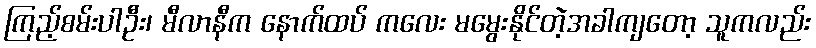
ကြည့်စမ်းပါဦး၊ မီလာနီက နောက်ထပ် ကလေး မမွေးနိုင်တဲ့အခါကျတော့ သူကလည်း